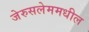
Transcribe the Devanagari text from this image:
जेरुसलेममधील